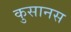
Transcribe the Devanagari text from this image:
कुसानस